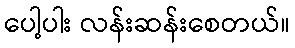
ပေါ့ပါး လန်းဆန်းစေတယ်။